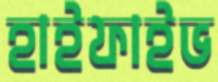
হাইফাইভ